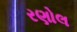
રણોલ